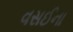
વસઈના